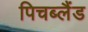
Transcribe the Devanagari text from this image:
पिचब्लैंड